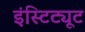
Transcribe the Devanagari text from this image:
इंस्टिट्यूट